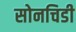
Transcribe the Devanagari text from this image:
सोनचिडी